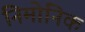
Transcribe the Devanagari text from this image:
निमोनिक